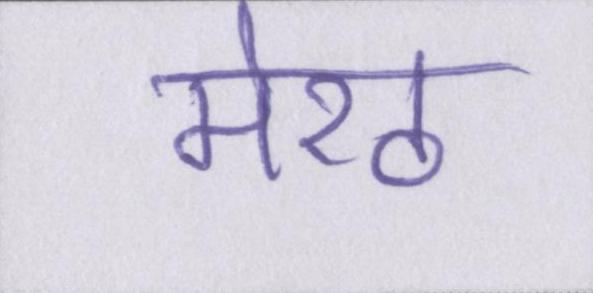
मेरठ